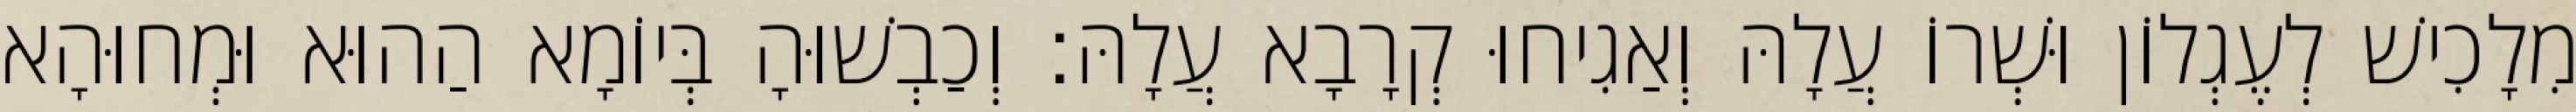
מִלָכִישׁ לְעֶגְלוֹן וּשְׁרוֹ עֲלָהּ וְאַגִיחוּ קְרָבָא עֲלָהּ׃ וְכַבְשׁוּהָ בְּיוֹמָא הַהוּא וּמְחוּהָא